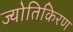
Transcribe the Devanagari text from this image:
ज्योतिकिरण